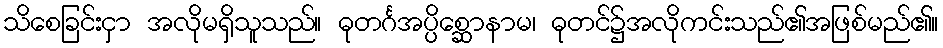
သိစေခြင်းငှာ အလိုမရှိသူသည်။ ဓုတင်္ဂအပ္ပိစ္ဆောနာမ၊ ဓုတင်၌အလိုကင်းသည်၏အဖြစ်မည်၏။